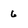
Character: 6